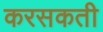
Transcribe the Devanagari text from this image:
करसकती